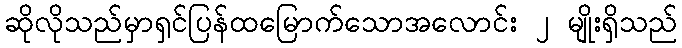
ဆိုလိုသည်မှာရှင်ပြန်ထမြောက်သောအလောင်း ၂ မျိုးရှိသည်